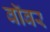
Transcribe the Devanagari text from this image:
बॉबर